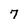
Character: 7